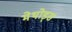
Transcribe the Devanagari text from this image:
मेथोड्स